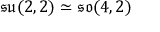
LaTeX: { \mathfrak { s u } } ( 2 , 2 ) \simeq { \mathfrak { s o } } ( 4 , 2 )